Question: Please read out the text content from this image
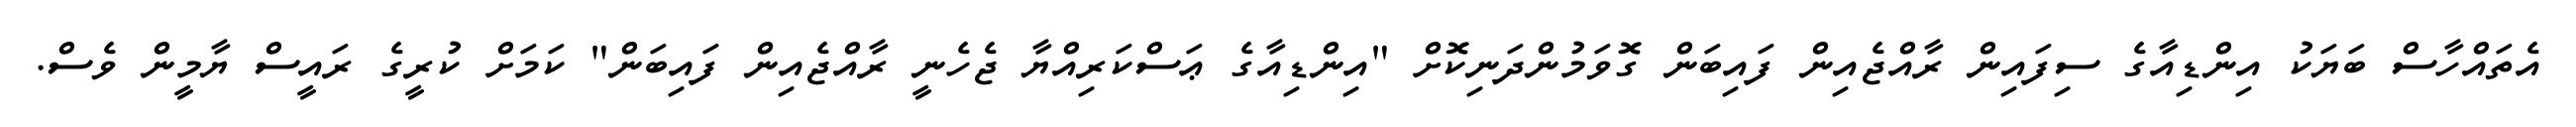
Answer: އެތައްހާސް ބަޔަކު އިންޑިއާގެ ސިފައިން ރާއްޖެއިން ފައިބަން ގޮވަމުންދަނިކޮށް "އިންޑިއާގެ ޢަސްކަރިއްޔާ ޖެހެނީ ރާއްޖެއިން ފައިބަން" ކަމަށް ކުރީގެ ރައީސް ޔާމީން ވެސް.